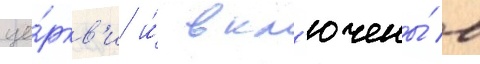
це́ркв'и и́ вкл'ючены́ в